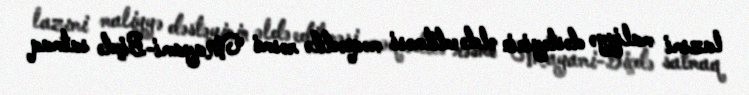
lazımi maliyyə dəstəyinin əldə edilməsi məqsədilə rəsmi Mayami-Biçdə satmaq